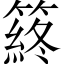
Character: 䈺